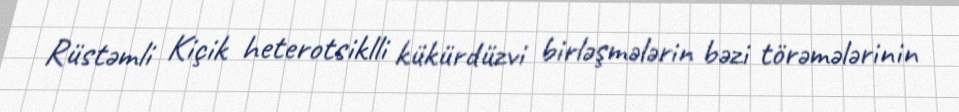
Rüstəmli Kiçik heterotsiklli kükürdüzvi birləşmələrin bəzi törəmələrinin